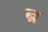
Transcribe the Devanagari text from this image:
न्र